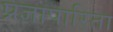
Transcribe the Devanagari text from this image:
प्रज्ञापारिता